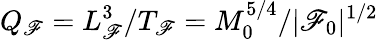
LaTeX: Q_{\mathscr{F}}=L_{\mathscr{F}}^{3}/T_{\mathscr{F}}=M_{0}^{5/4}/|\mathscr{F}_{0}|^{1/2}